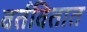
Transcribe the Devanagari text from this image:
वर्तवितात